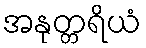
အနုတ္တရိယံ